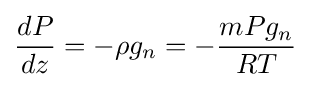
{\frac {dP}{dz}}=-\rho g_{n}=-{\frac {mPg_{n}}{RT}}